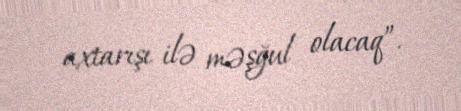
axtarışı ilə məşğul olacaq”.